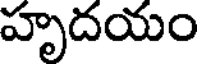
హృదయం